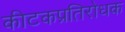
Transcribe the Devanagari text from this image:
कीटकप्रतिरोधक